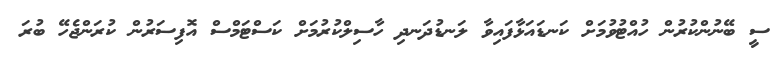
ސީ ބޭނުންކުރުން ހުއްޓުވުމަށް ކަނޑައަޅާފައިވާ ލަނޑުދަނދި ހާސިލްކުރުމަށް ކަސްޓަމްސް އޮފިސަރުން ކުރަންޖެހޭ ބުރަ